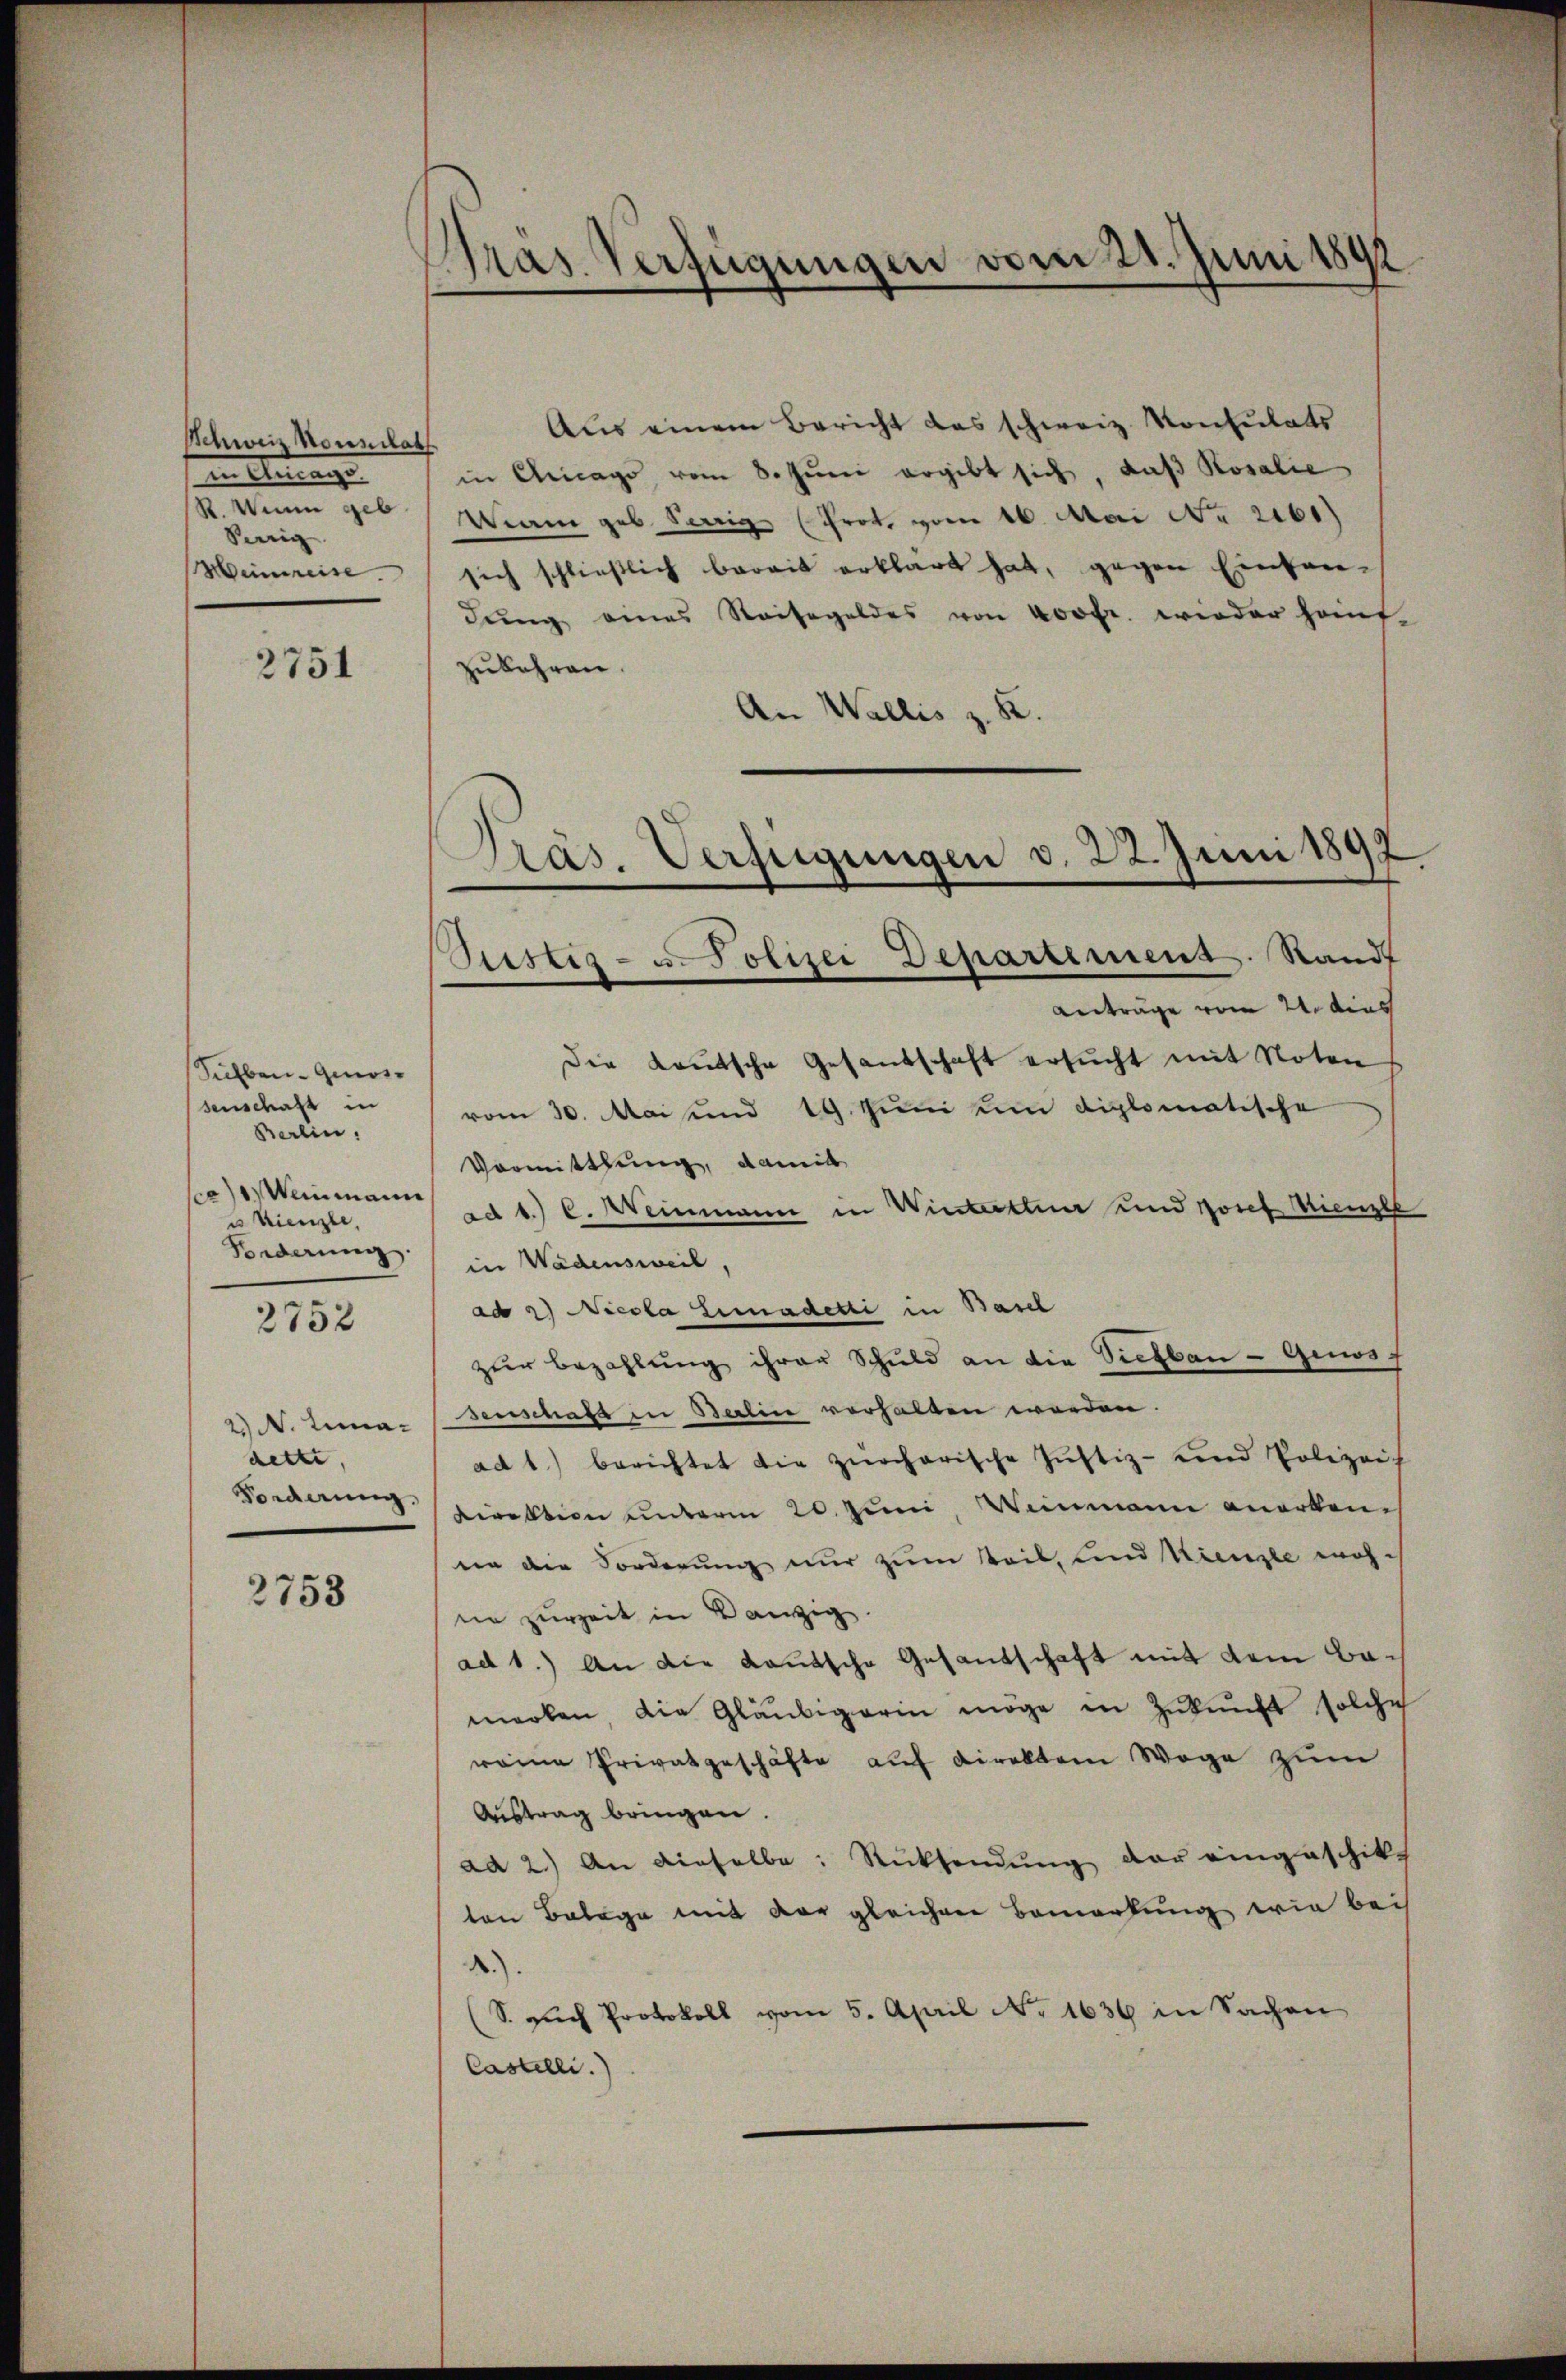
Schweiz Noundat
in Anfange
R. Wenn geb
Seeig
Heinreise.

2751

Silber Genossenschaft in
Berlin.
1) Weinmann
u Kienzle
Federung.

2752

2 N. Limadette,
Forderung.

2753

Gras Verfügungen vom 21. Juni 1891

Aus einem Bericht das schweiz. Konsulats
in Chicago vom 8. Jŭni ergibt sich, daβ Rosalie
Wiam geb. Serig (Prot. vom 16. Mai No 2161)
sich schließlich bereit erklärt hat, gegen Einfandŭng eines Reisegeldes von 400fr. wieder häuf
zukehren.
An Wallis z. B.

Präs. Verfügungen v. 22. Juni 1892

Sistiz- u. Polizei Departement. Stands
Anträge vom 24. dies
Die Lautsche Gesandschaft ersucht mit Noten
vom 30. Mai und 19. Juni um diplomatische
Vormittlung, damit
ad 1.) C. Weinmann in Winterthur und Josef Wienzel
in Wädensweil,
ad 2) Nicola Limadetti in Basel
zŭr Bezahlŭng ihrer Schuld an die Sichbau - Gewog
senschaft in Berlin verhalten werden.
ad 1.) berichtet die zürcherische Justiz- und Polizeis
Direktion unterm 20. Juni Weinmann anerken-
nn die Forderung nur zum Teil, und Kienzte woh-
ne zurzeit in Kanzig
ad 1.) An die Kautsche Gesantschaft mit dem Bamerken, die Gläubigerin möge in Zukunft solche
weine Privatgeschäfte auf direktor Wege zum
Austrag bringen.
ad 2.) An dieselbe: Rücksendŭng der eingeschik-
ten Belage mit der gleichere Bemerkung wie bei
A.).
(S such Protokoll vom 5. April No 1636 in Sachen
Castelli.)